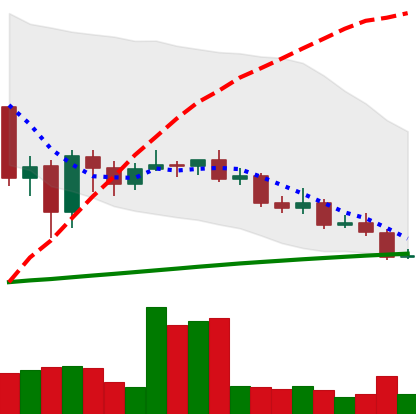
Ticker: LINK-USD
Chart end date: 2020-09-22
Forward return: 22.876%
Label: up_7plus